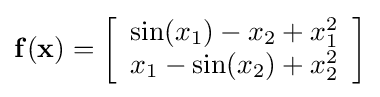
\mathbf {f} (\mathbf {x} )=\left[{\begin{array}{c}\sin(x_{1})-x_{2}+x_{1}^{2}\\x_{1}-\sin(x_{2})+x_{2}^{2}\end{array}}\right]